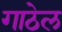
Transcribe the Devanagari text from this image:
गाठेल